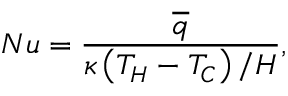
N u = \frac { \overline { { q } } } { \kappa \left( T _ { H } - T _ { C } \right) / H } ,